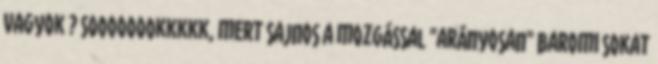
vagyok ? Soooooookkkkk, mert sajnos a mozgással "arányosan" baromi sokat